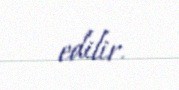
edilir.